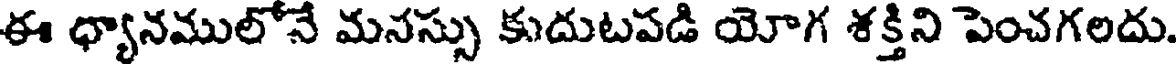
ఈ ధ్యానములోనే మనస్సు కుదుటపడి యోగ శక్తిని పెంచగలదు.